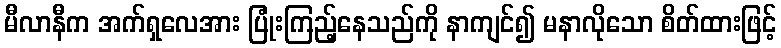
မီလာနီက အက်ရှလေအား ပြုံးကြည့်နေသည်ကို နာကျင်၍ မနာလိုသော စိတ်ထားဖြင့်